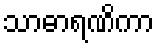
သာဓာရဏိကာ